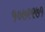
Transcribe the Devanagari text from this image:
१०७९९७१